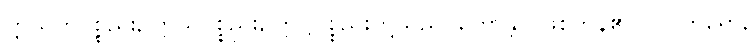
ဣသိကပစ္စည်း, ဣယပစ္စည်း, ဣဋ္ဌပစ္စည်းတို့သည်၊ ဟောန္တိ- ဖြစ်ကုန်၏။ ပါပတရော,